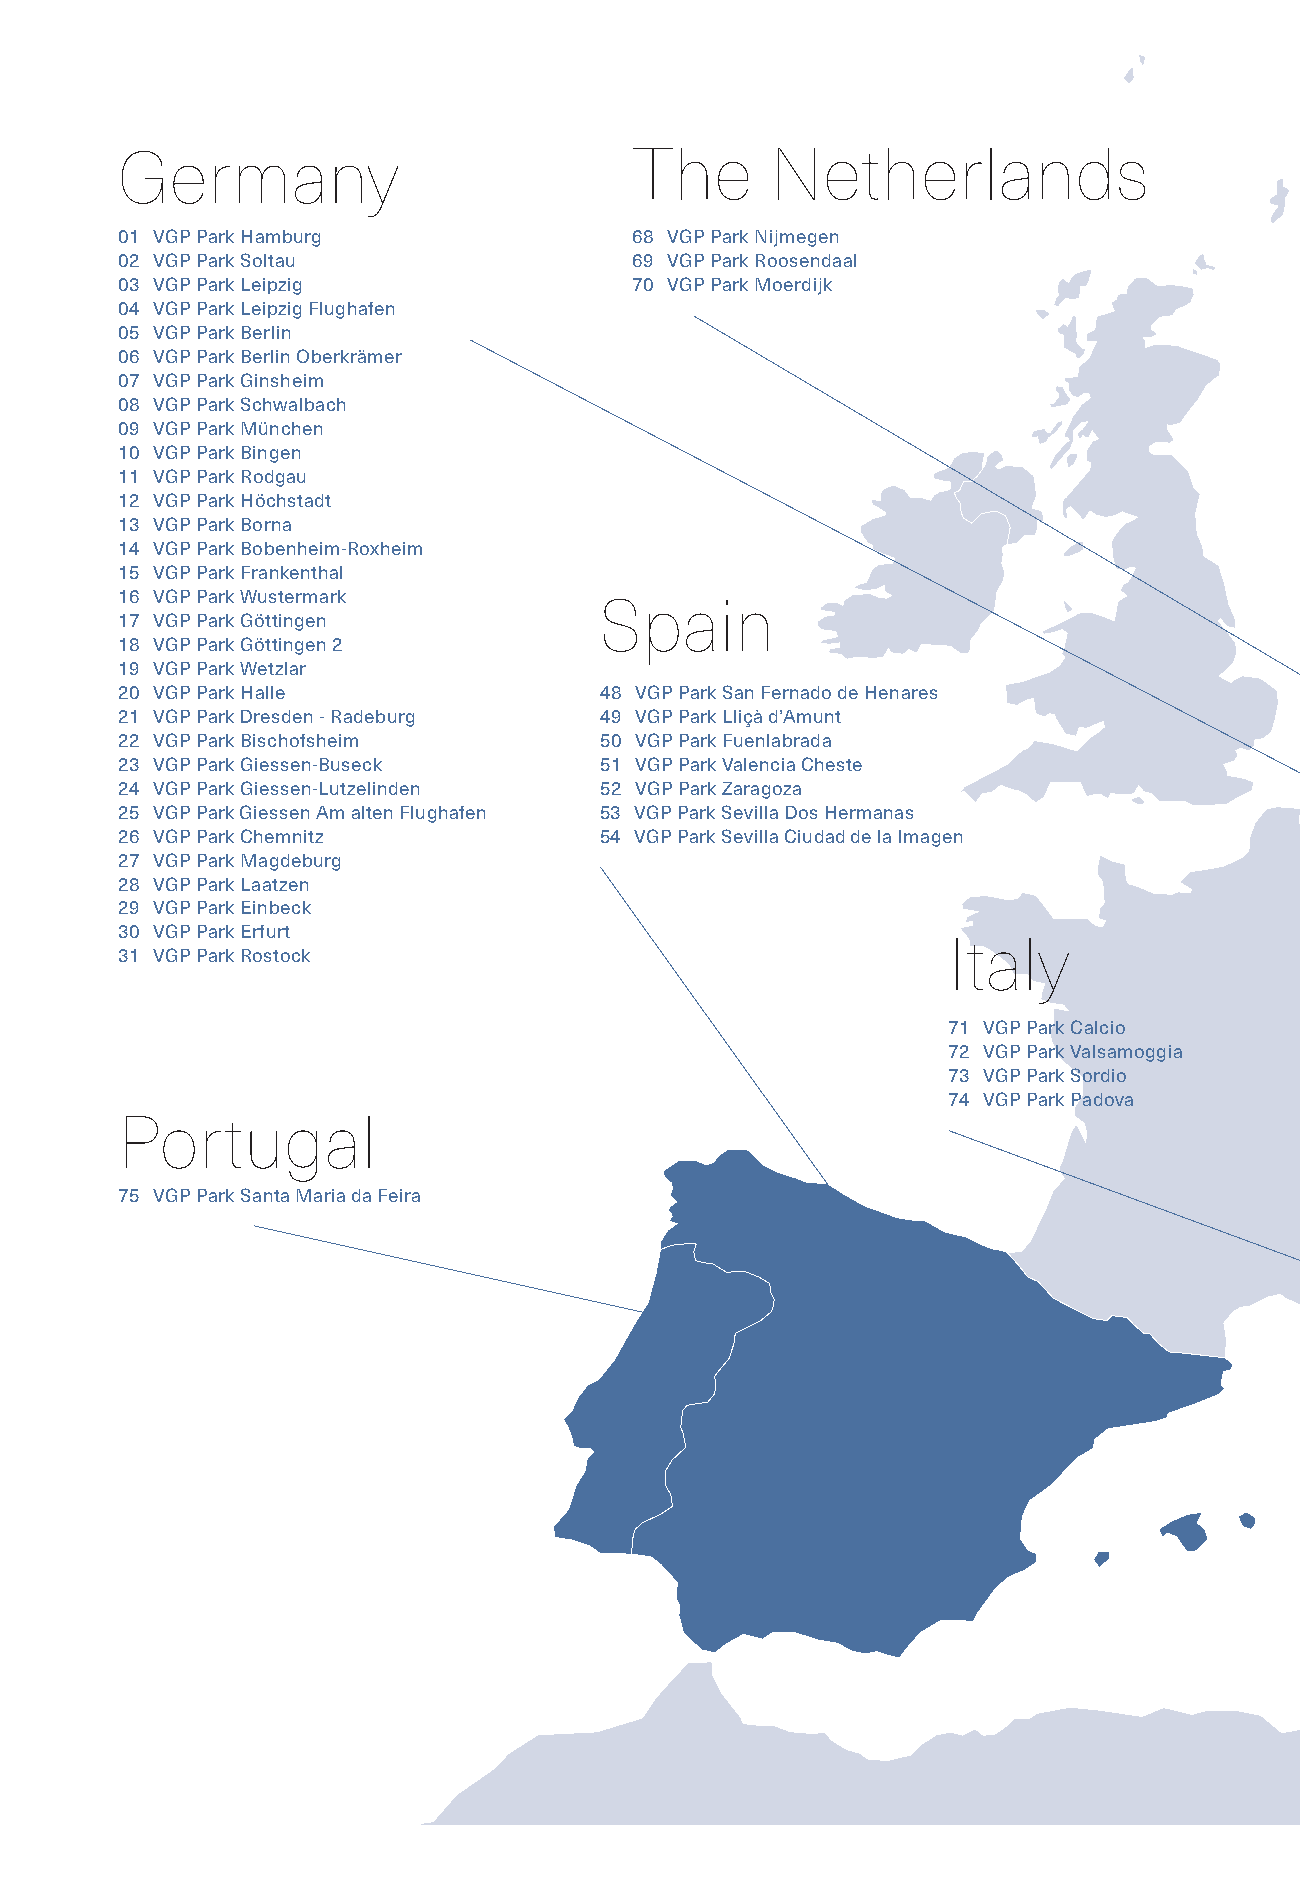
Germany                           The      Netherlands
 01 VGP Park Hamburg               68 VGP Park Nijmegen
 02 VGP Park Soltau                69 VGP Park Roosendaal
 03 VGP Park Leipzig               70 VGP Park Moerdijk
 04 VGP Park Leipzig Flughafen
 05 VGP Park Berlin
 06 VGP Park Berlin Oberkrämer
 07 VGP Park Ginsheim
 08 VGP Park Schwalbach
 09 VGP Park München
 10 VGP Park Bingen
 11 VGP Park Rodgau
 12 VGP Park Höchstadt
 13 VGP Park Borna
 14 VGP Park Bobenheim-Roxheim
 15 VGP Park Frankenthal
 16 VGP Park Wustermark
 Spain
 17 VGP Park Göttingen
 18 VGP Park Göttingen 2
 19 VGP Park Wetzlar
 20 VGP Park Halle               48 VGP Park San Fernado de Henares
 21 VGP Park Dresden - Radeburg  49 VGP Park Lliçà d’Amunt
 22 VGP Park Bischofsheim        50 VGP Park Fuenlabrada
 23 VGP Park Giessen-Buseck      51 VGP Park Valencia Cheste
 24 VGP Park Giessen-Lutzelinden 52 VGP Park Zaragoza
 25 VGP Park Giessen Am alten Flughafen 53 VGP Park Sevilla Dos Hermanas
 26 VGP Park Chemnitz            54 VGP Park Sevilla Ciudad de la Imagen
 27 VGP Park Magdeburg
 28 VGP Park Laatzen
 29 VGP Park Einbeck
 30 VGP Park Erfurt
 Italy
 31 VGP Park Rostock
 71 VGP Park Calcio
 72 VGP Park Valsamoggia
 73 VGP Park Sordio
 74 VGP Park Padova
 Portugal
 75 VGP Park Santa Maria da Feira